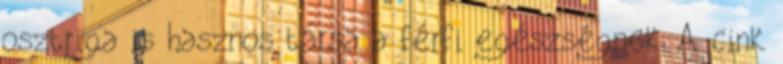
osztriga is hasznos társa a férfi egészségnek. A cink